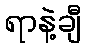
ရာနဲ့ချီ